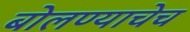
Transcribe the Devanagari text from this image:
बोलण्याचेच